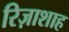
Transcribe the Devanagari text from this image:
रिज़ाशाह